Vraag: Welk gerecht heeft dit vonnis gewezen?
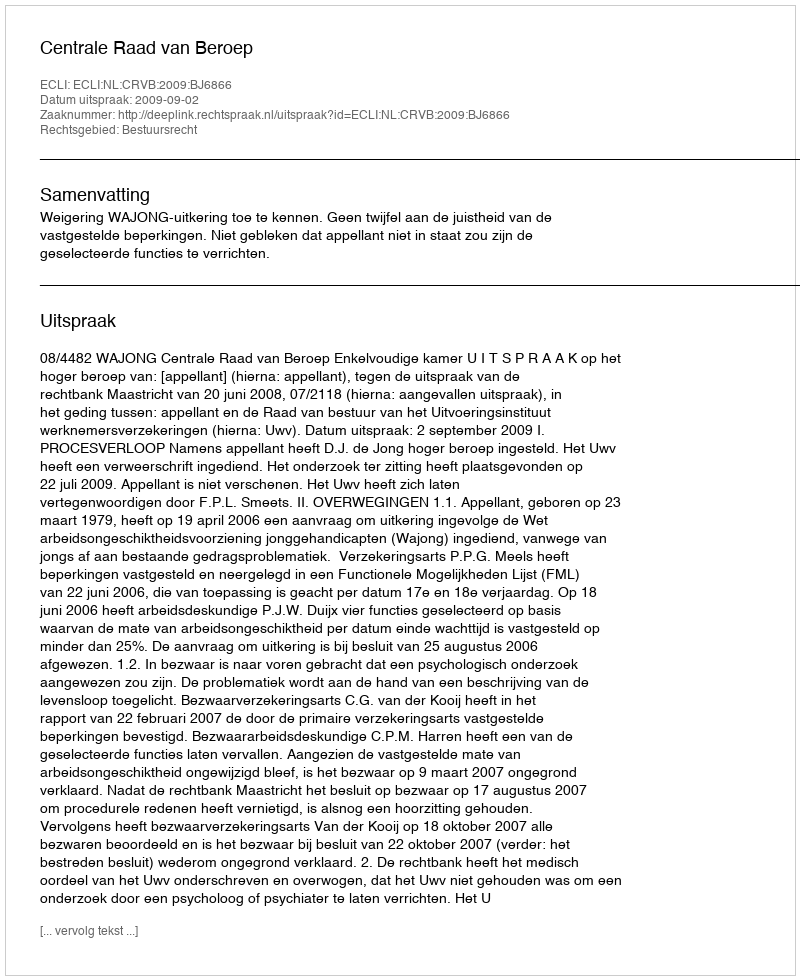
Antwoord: Centrale Raad van Beroep